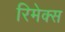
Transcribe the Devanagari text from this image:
रिमेक्स